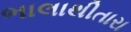
ભાલાથીતારા